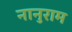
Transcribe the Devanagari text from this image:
नानुराम